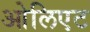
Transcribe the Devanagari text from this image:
ओलिएट